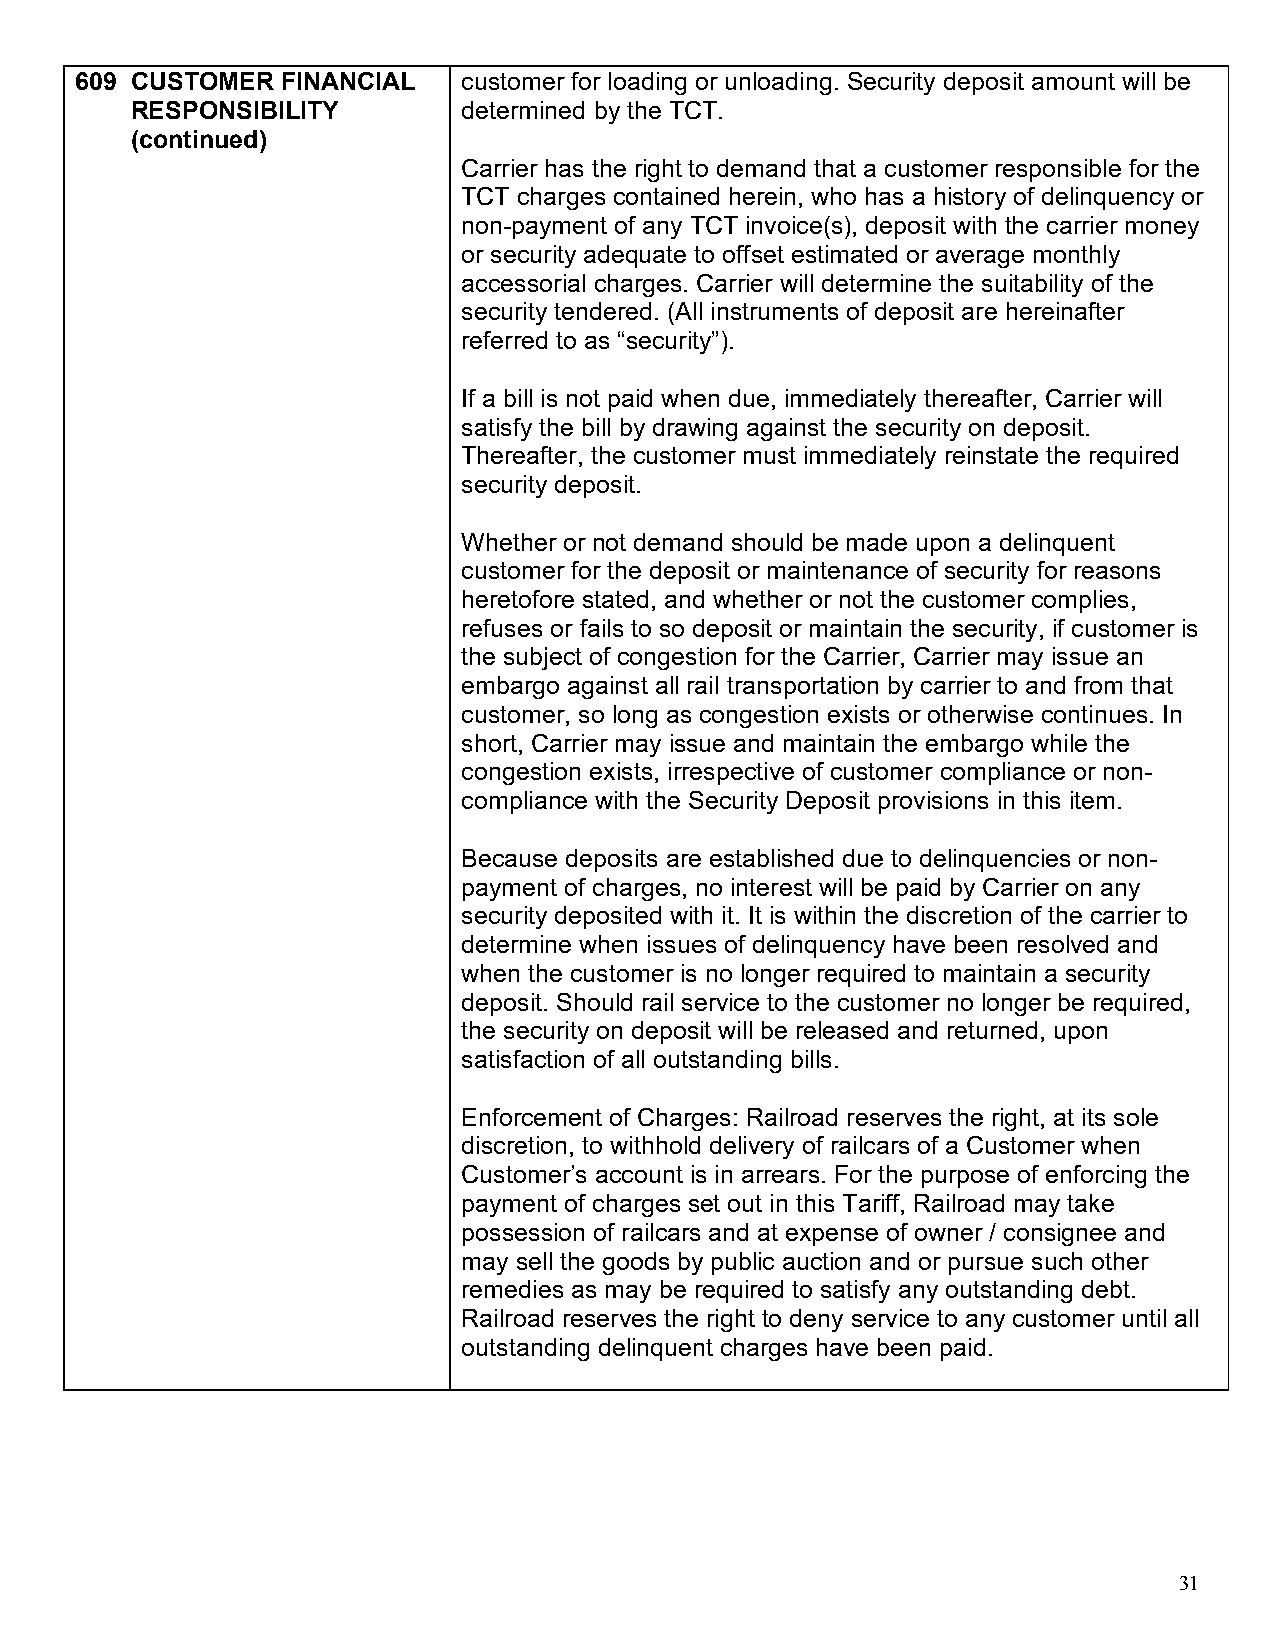
609 CUSTOMER  FINANCIAL   customer for loading or unloading. Security deposit amount will be
 RESPONSIBILITY        determined by the TCT.
 (continued)
 Carrier has the right to demand that a customer responsible for the
 TCT charges contained herein, who has a history of delinquency or
 non-payment of any TCT invoice(s), deposit with the carrier money
 or security adequate to offset estimated or average monthly
 accessorial charges. Carrier will determine the suitability of the
 security tendered. (All instruments of deposit are hereinafter
 referred to as “security”).
 If a bill is not paid when due, immediately thereafter, Carrier will
 satisfy the bill by drawing against the security on deposit.
 Thereafter, the customer must immediately reinstate the required
 security deposit.
 Whether or not demand should be made upon a delinquent
 customer for the deposit or maintenance of security for reasons
 heretofore stated, and whether or not the customer complies,
 refuses or fails to so deposit or maintain the security, if customer is
 the subject of congestion for the Carrier, Carrier may issue an
 embargo against all rail transportation by carrier to and from that
 customer, so long as congestion exists or otherwise continues. In
 short, Carrier may issue and maintain the embargo while the
 congestion exists, irrespective of customer compliance or non-
 compliance with the Security Deposit provisions in this item.
 Because deposits are established due to delinquencies or non-
 payment of charges, no interest will be paid by Carrier on any
 security deposited with it. It is within the discretion of the carrier to
 determine when issues of delinquency have been resolved and
 when the customer is no longer required to maintain a security
 deposit. Should rail service to the customer no longer be required,
 the security on deposit will be released and returned, upon
 satisfaction of all outstanding bills.
 Enforcement of Charges: Railroad reserves the right, at its sole
 discretion, to withhold delivery of railcars of a Customer when
 Customer’s account is in arrears. For the purpose of enforcing the
 payment of charges set out in this Tariff, Railroad may take
 possession of railcars and at expense of owner / consignee and
 may sell the goods by public auction and or pursue such other
 remedies as may be required to satisfy any outstanding debt.
 Railroad reserves the right to deny service to any customer until all
 outstanding delinquent charges have been paid.
 31